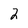
Character: 2